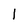
Character: 1